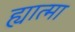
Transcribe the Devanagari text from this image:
ह्यात्मा